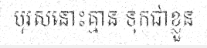
បុរសនោះគ្មាន ទុកជាខ្លួន